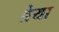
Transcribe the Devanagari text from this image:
ब्रेया